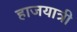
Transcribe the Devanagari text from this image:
हाजयात्री